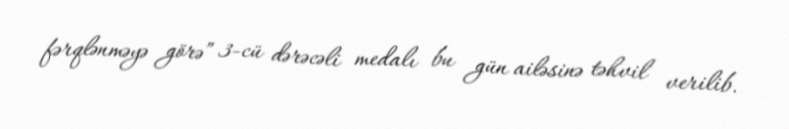
fərqlənməyə görə” 3-cü dərəcəli medalı bu gün ailəsinə təhvil verilib.